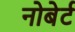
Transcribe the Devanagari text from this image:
नोबेर्ट